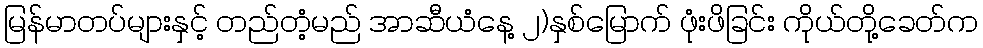
မြန်မာတပ်များနှင့် တည်တံ့မည် အာဆီယံနေ့ ၂)နှစ်မြောက် ဖုံးဖိခြင်း ကိုယ်တို့ခေတ်က